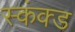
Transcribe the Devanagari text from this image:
स्कंक्ड